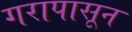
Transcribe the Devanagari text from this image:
गरापासून